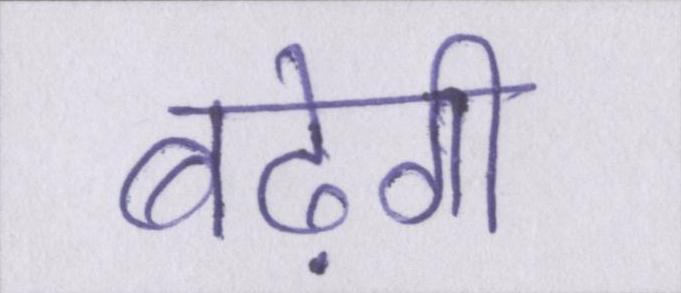
बढ़ेगी